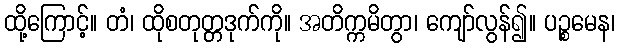
ထို့ကြောင့်။ တံ၊ ထိုစတုတ္တဒုက်ကို။ အတိက္ကမိတွာ၊ ကျော်လွန်၍။ ပဉ္စမေန၊